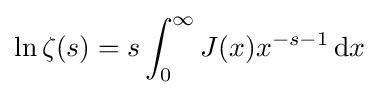
\ln \zeta (s)=s\int _{0}^{\infty }J(x)x^{-s-1}\,\mathrm {d} x